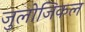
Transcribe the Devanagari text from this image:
जुलोजिकल